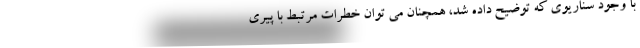
با وجود سناریوی که توضیح داده شد، همچنان می توان خطرات مرتبط با پیری